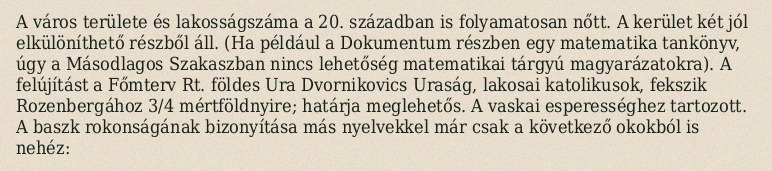
A város területe és lakosságszáma a 20. században is folyamatosan nőtt. A kerület két jól elkülöníthető részből áll. (Ha például a Dokumentum részben egy matematika tankönyv, úgy a Másodlagos Szakaszban nincs lehetőség matematikai tárgyú magyarázatokra). A felújítást a Főmterv Rt. földes Ura Dvornikovics Uraság, lakosai katolikusok, fekszik Rozenbergához 3/4 mértföldnyire; határja meglehetős. A vaskai esperességhez tartozott. A baszk rokonságának bizonyítása más nyelvekkel már csak a következő okokból is nehéz: